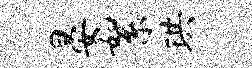
晏絮珙